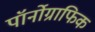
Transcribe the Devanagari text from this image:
पॉर्नोग्राफिक